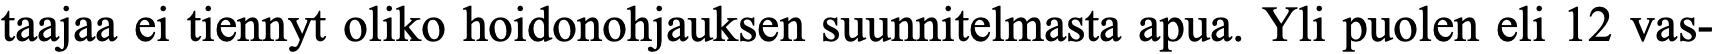
taajaa ei tiennyt oliko hoidonohjauksen suunnitelmasta apua. Yli puolen eli 12 vas-